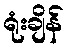
ရုံးချိန်